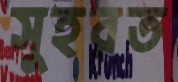
সুহরত